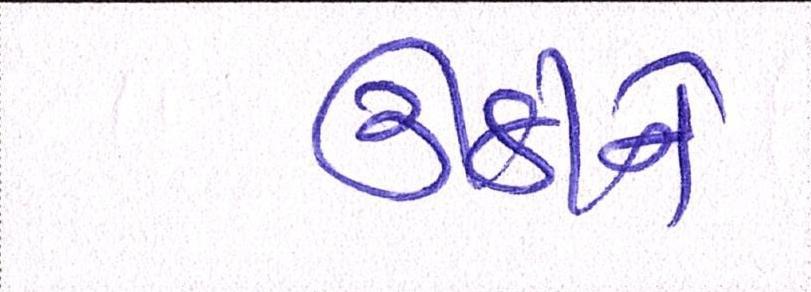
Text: ઊઠીને